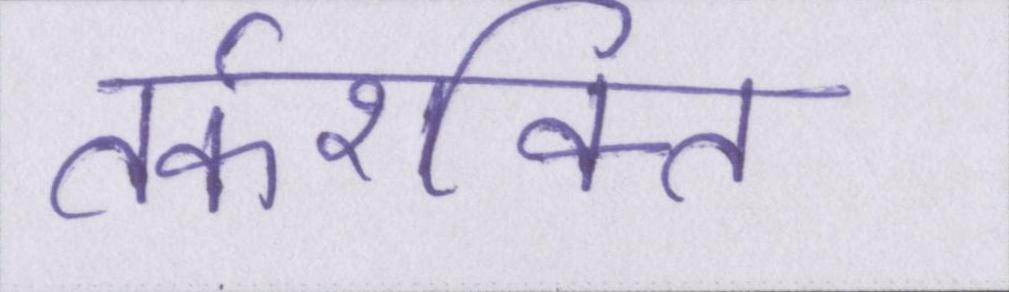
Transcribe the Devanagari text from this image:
तर्कशक्ति